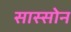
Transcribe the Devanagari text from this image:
सास्सोन